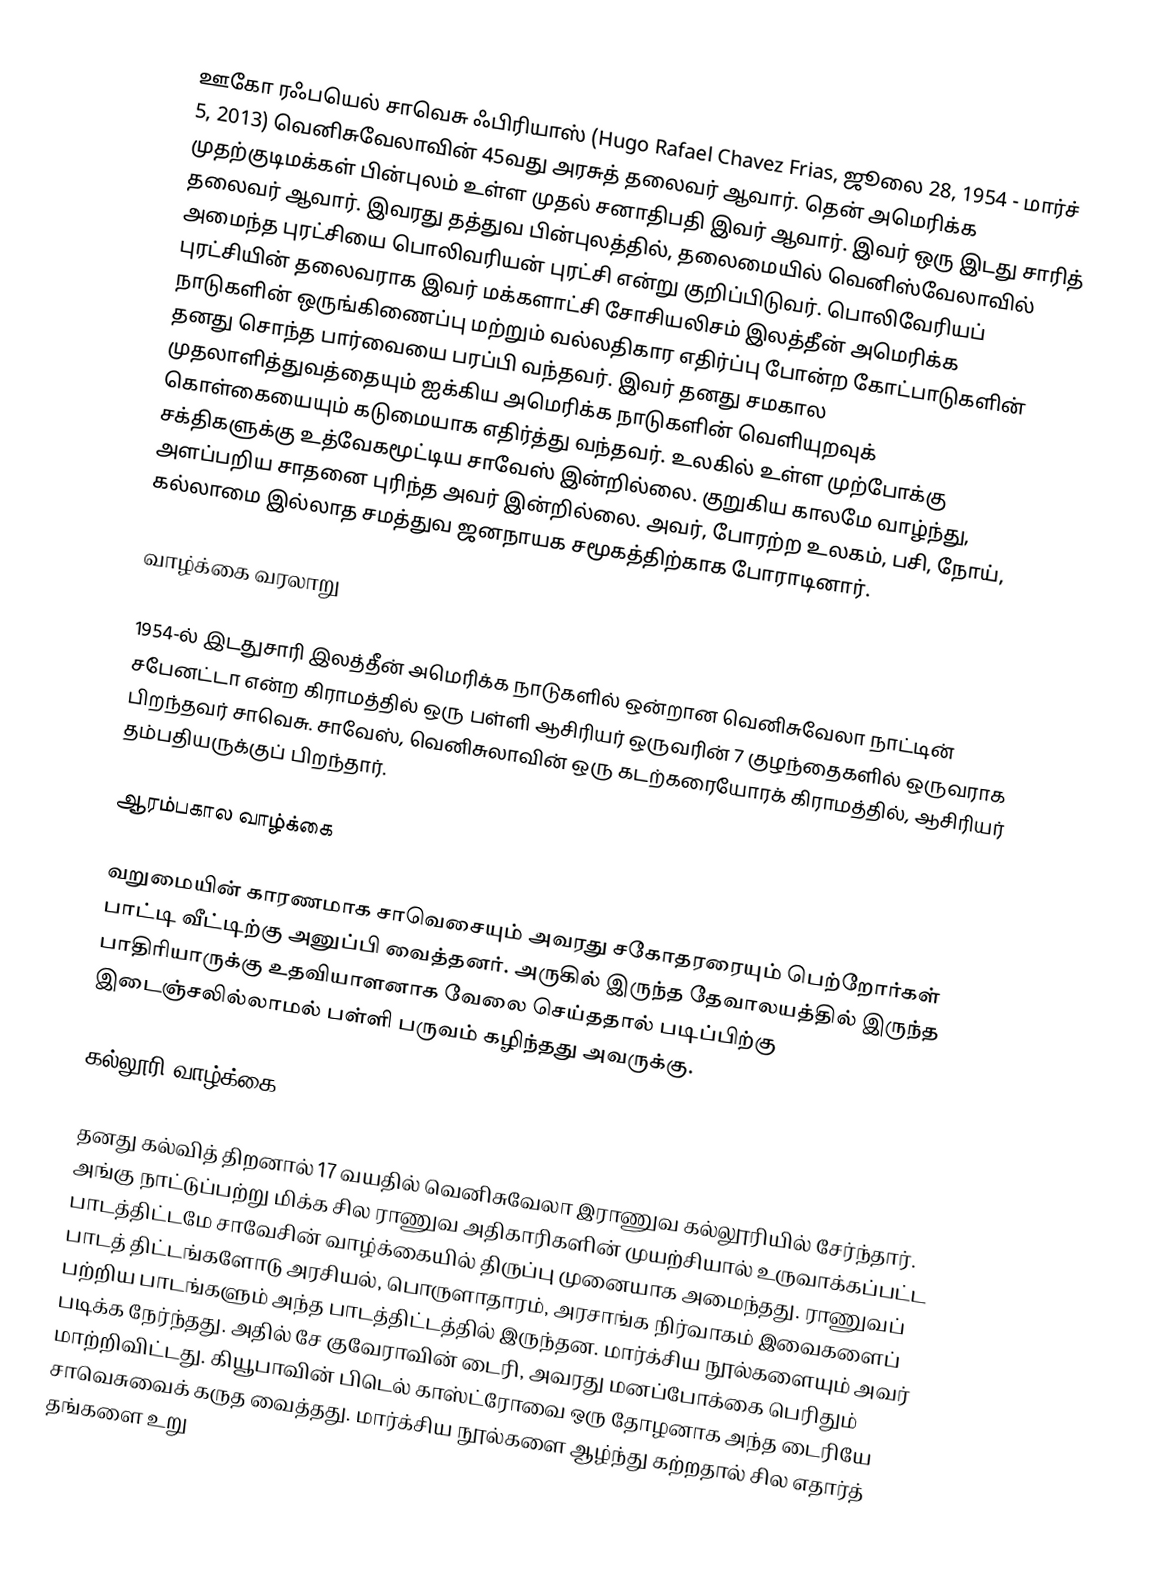
ஊகோ ரஃபயெல் சாவெசு ஃபிரியாஸ் (Hugo Rafael Chavez Frias, ஜூலை 28, 1954 - மார்ச் 5, 2013) வெனிசுவேலாவின் 45வது அரசுத் தலைவர் ஆவார். தென் அமெரிக்க முதற்குடிமக்கள் பின்புலம் உள்ள முதல் சனாதிபதி இவர் ஆவார். இவர் ஒரு இடது சாரித் தலைவர் ஆவார். இவரது தத்துவ பின்புலத்தில், தலைமையில் வெனிஸ்வேலாவில் அமைந்த புரட்சியை பொலிவரியன் புரட்சி என்று குறிப்பிடுவர். பொலிவேரியப் புரட்சியின் தலைவராக இவர் மக்களாட்சி சோசியலிசம் இலத்தீன் அமெரிக்க நாடுகளின் ஒருங்கிணைப்பு மற்றும் வல்லதிகார எதிர்ப்பு போன்ற கோட்பாடுகளின் தனது சொந்த பார்வையை பரப்பி வந்தவர். இவர் தனது சமகால முதலாளித்துவத்தையும் ஐக்கிய அமெரிக்க நாடுகளின் வெளியுறவுக் கொள்கையையும் கடுமையாக எதிர்த்து வந்தவர். உலகில் உள்ள முற்போக்கு சக்திகளுக்கு உத்வேகமூட்டிய சாவேஸ் இன்றில்லை. குறுகிய காலமே வாழ்ந்து, அளப்பறிய சாதனை புரிந்த அவர் இன்றில்லை. அவர், போரற்ற உலகம், பசி, நோய், கல்லாமை இல்லாத சமத்துவ ஜனநாயக சமூகத்திற்காக போராடினார்.

வாழ்க்கை வரலாறு

1954-ல் இடதுசாரி இலத்தீன் அமெரிக்க நாடுகளில் ஒன்றான வெனிசுவேலா நாட்டின் சபேனட்டா என்ற கிராமத்தில் ஒரு பள்ளி ஆசிரியர் ஒருவரின் 7 குழந்தைகளில் ஒருவராக பிறந்தவர் சாவெசு. சாவேஸ், வெனிசுலாவின் ஒரு கடற்கரையோரக் கிராமத்தில், ஆசிரியர் தம்பதியருக்குப் பிறந்தார்.

ஆரம்பகால வாழ்க்கை

வறுமையின் காரணமாக சாவெசையும் அவரது சகோதரரையும் பெற்றோர்கள் பாட்டி வீட்டிற்கு அனுப்பி வைத்தனர். அருகில் இருந்த தேவாலயத்தில் இருந்த பாதிரியாருக்கு உதவியாளனாக வேலை செய்ததால் படிப்பிற்கு இடைஞ்சலில்லாமல் பள்ளி பருவம் கழிந்தது அவருக்கு.

கல்லூரி வாழ்க்கை

தனது கல்வித் திறனால் 17 வயதில் வெனிசுவேலா இராணுவ கல்லூரியில் சேர்ந்தார். அங்கு நாட்டுப்பற்று மிக்க சில ராணுவ அதிகாரிகளின் முயற்சியால் உருவாக்கப்பட்ட பாடத்திட்டமே சாவேசின் வாழ்க்கையில் திருப்பு முனையாக அமைந்தது. ராணுவப் பாடத் திட்டங்களோடு அரசியல், பொருளாதாரம், அரசாங்க நிர்வாகம் இவைகளைப் பற்றிய பாடங்களும் அந்த பாடத்திட்டத்தில் இருந்தன. மார்க்சிய நூல்களையும் அவர் படிக்க நேர்ந்தது. அதில் சே குவேராவின் டைரி, அவரது மனப்போக்கை பெரிதும் மாற்றிவிட்டது. கியூபாவின் பிடெல் காஸ்ட்ரோவை ஒரு தோழனாக அந்த டைரியே சாவெசுவைக் கருத வைத்தது. மார்க்சிய நூல்களை ஆழ்ந்து கற்றதால் சில எதார்த் தங்களை உறு